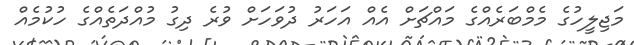
މަޖިލީހުގެ މެމްބަރެއްގެ މައްޗަށް އެއް އަހަރު ދުވަހަށް ވުރެ ދިގު މުއްދަތެއްގެ ހުކުމެއް